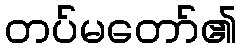
တပ်မတော်၏